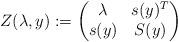
LaTeX: \begin{align*} Z(\lambda, y) := \begin{pmatrix} \lambda & s(y)^T \\ s(y) & S(y) \end{pmatrix}\end{align*}